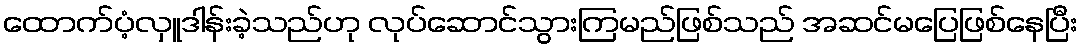
ထောက်ပံ့လှူဒါန်းခဲ့သည်ဟု လုပ်ဆောင်သွားကြမည်ဖြစ်သည် အဆင်မပြေဖြစ်နေပြီး